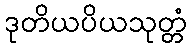
ဒုတိယပိယသုတ္တံ